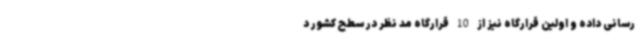
رسانی داده و اولین قرارگاه نیز از 10 قرارگاه مد نظر در سطح کشور د